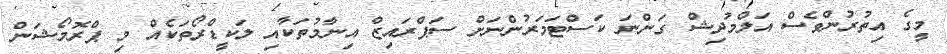
މީގެ އިތުރުންވެސް އަލްމުދިޝް ގަންނަ ކަސްޓަމަރުންނަށް ސަޕްރައިޒް އިނާމުތަކާއި ލަކީޑްރޯތަކެއް މި ޕްރޮމޯޝަން